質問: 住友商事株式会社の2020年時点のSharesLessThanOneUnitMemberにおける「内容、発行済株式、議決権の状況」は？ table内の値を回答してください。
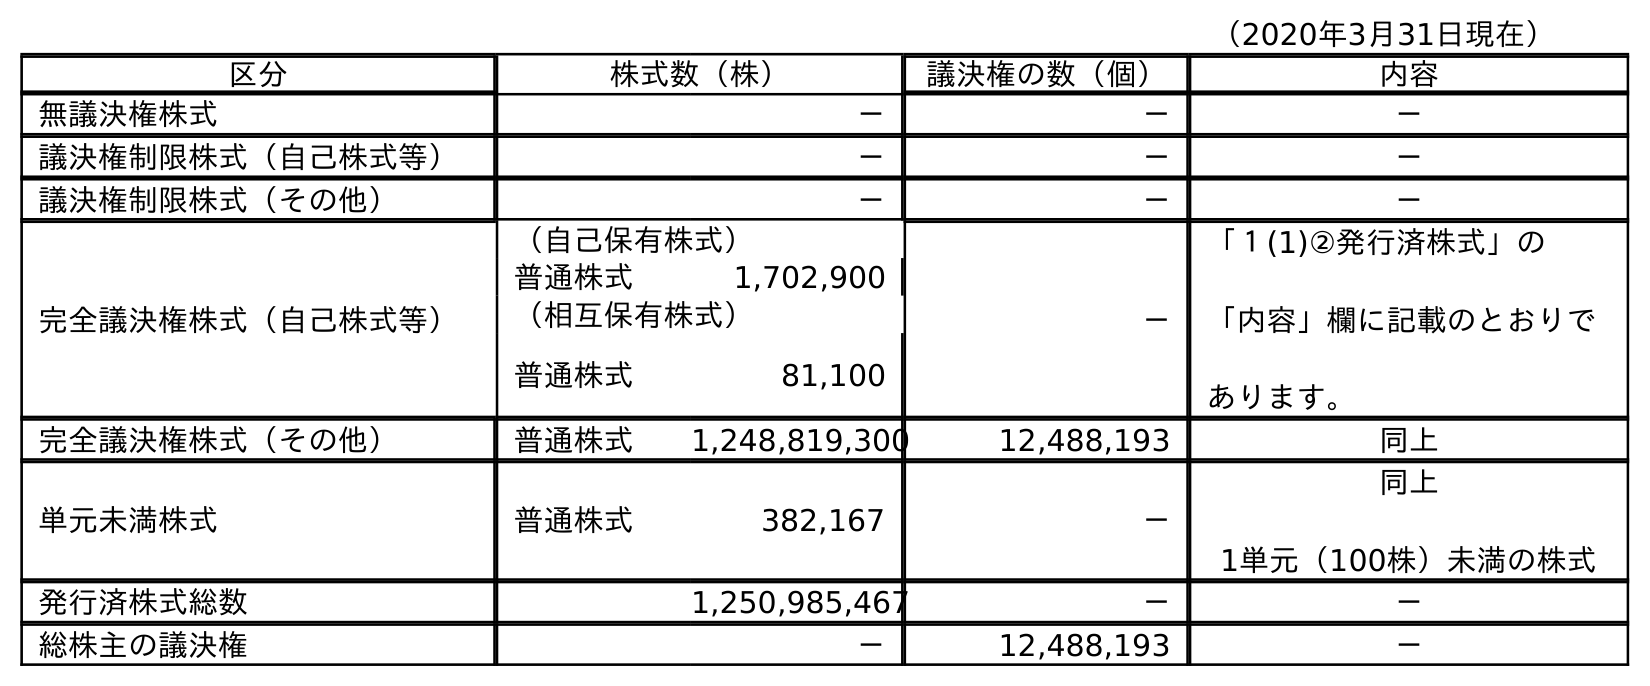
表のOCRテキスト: （2020年3月31日現在） 区分 株式数（株） 議決権の数（個） 内容 無議決権株式 － － － 議決権制限株式（自己株式等） － － － 議決権制限株式（その他） － － － 完全議決権株式（自己株式等） （自己保有株式） － 「１(1)②発行済株式」の 「内容」欄に記載のとおりで あります。 普通株式 1,702,900 （相互保有株式） 普通株式 81,100 完全議決権株式（その他） 普通株式 1,248,819,300 12,488,193 同上 単元未満株式 普通株式 382,167 － 同上 1単元（100株）未満の株式 発行済株式総数 1,250,985,467 － － 総株主の議決権 － 12,488,193 －
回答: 同上1単元（100株）未満の株式